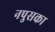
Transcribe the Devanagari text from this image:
नपुसका